Leprosy and its control in the Bombay Presidency
Disease focus: Leprosy
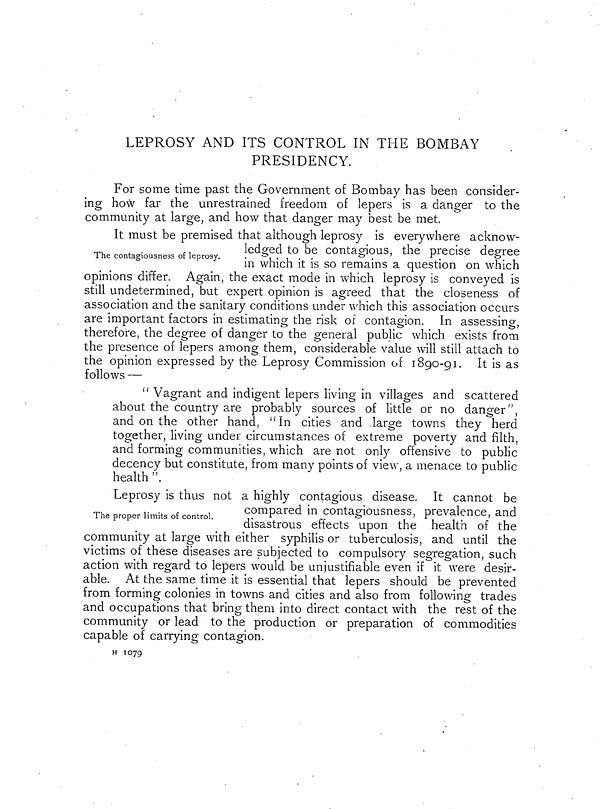
LEPROSY AND ITS CONTROL IN THE BOMBAY
PRESIDENCY.
For some time past the Government of Bombay has been consider-
ing how far the unrestrained freedom of lepers is a danger to the
community at large. and how that danger may best be met.
The contagiousness of leprosy.
It must be premised that although leprosy is everywhere acknow-
ledged to be contagious, the precise degree
in which it is so remains a question on which
opinions differ. Again, the exact mode in which leprosy is conveyed is
still undetermined, but expert opinion is agreed that the closeness of
association and the sanitary conditions under which this association occurs
are important factors in estimating the risk of contagion. In assessing,
therefore, the degree of danger to the general public which exists from
the presence of lepers among them, considerable value will still attach to
the opinion expressed by the Leprosy Commission of 1890-91. It is as
follows —
" Vagrant and indigent lepers living in villages and scattered
about the country are probably sources of little or no danger",
and on the other hand, " In cities and large towns they herd
together, living under circumstances of extreme poverty and filth,
and forming communities, which are not only offensive to public
decency but constitute, from many points of view, a menace to public
health ".
The proper limits of control.
Leprosy is thus not a highly contagious disease. It cannot be
compared in contagiousness, prevalence, and
disastrous effects upon the health of the
community at large with either syphilis or tuberculosis, and until the
victims of these diseases are subjected to compulsory segregation, such
action with regard to lepers would be unjustifiable even if it were desir-
able. At the same time it is essential that lepers should be prevented
from forming colonies in towns and cities and also from following trades
and occupations that bring them into direct contact with the rest of the
community or lead to the production or preparation of commodities
capable of carrying contagion.
H 1079